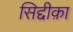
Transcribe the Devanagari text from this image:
सिद्दीक़ा